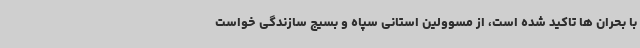
با بحران ها تاکید شده است، از مسوولین استانی سپاه و بسیج سازندگی خواست